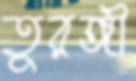
তুরঙ্গী